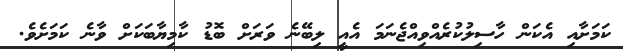
ކަމަށާއި އެކަން ހާސިލުކުރެއްވިއްޖެނަމަ އެއީ ލިބޭނެ ވަރަށް ބޮޑު ކާމިޔާބަކަށް ވާނެ ކަމަށެވެ.